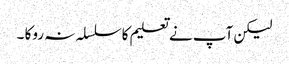
لیکن آپ نے تعلیم کاسلسلہ نہ روکا ۔